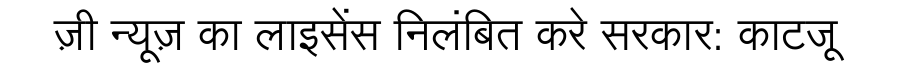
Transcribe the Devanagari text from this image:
ज़ी न्यूज़ का लाइसेंस निलंबित करे सरकार: काटजू